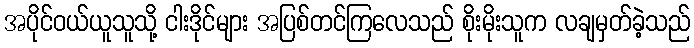
အပိုင်ဝယ်ယူသူသို့ ငါးဒိုင်များ အပြစ်တင်ကြလေသည် စိုးမိုးသူက လချမှတ်ခဲ့သည်